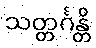
သတ္တင်္ဂန္တိ